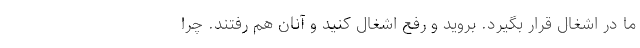
ما در اشغال قرار بگیرد. بروید و رفع اشغال کنید و آنان هم رفتند. چرا